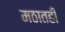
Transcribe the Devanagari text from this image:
मठातही